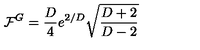
\mathcal { F } ^ { G } = \frac { D } { 4 } e ^ { 2 / D } \sqrt { \frac { D + 2 } { D - 2 } }